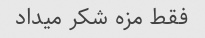
فقط مزه شکر میداد